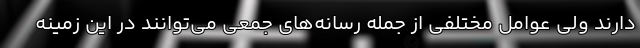
دارند ولی عوامل مختلفی از جمله رسانه‌های جمعی می‌توانند در این زمینه